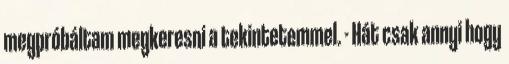
megpróbáltam megkeresni a tekintetemmel. - Hát csak annyi hogy